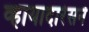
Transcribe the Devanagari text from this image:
व्हायादारेसने